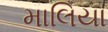
માલિયા